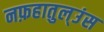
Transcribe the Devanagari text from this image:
नफ़हातुल्उंस